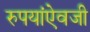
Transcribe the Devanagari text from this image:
रुपयांऐवजी